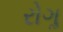
રોગૢ